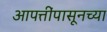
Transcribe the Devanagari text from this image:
आपत्तींपासूनच्या